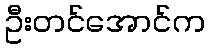
ဦးတင်အောင်က